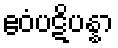
ဧဝံပဋိပန္နာ